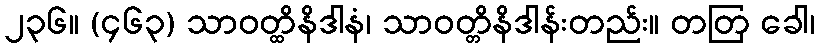
၂၃၆။ (၄၆၃) သာဝတ္ထိနိဒါနံ၊ သာဝတ္တိနိဒါန်းတည်း။ တတြ ခေါ၊